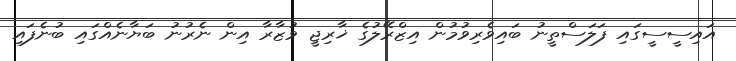
އައިސީސީގައި ފަލަސްތީނު ބައިވެރިވުމުން އިޒްރޭލުގެ ޚާރިޖީ ވުޒާރާ އިން ނެރުނު ބަޔާނެއްގައި ބުނެފައި